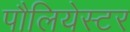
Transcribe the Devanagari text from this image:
पौलियेस्टर